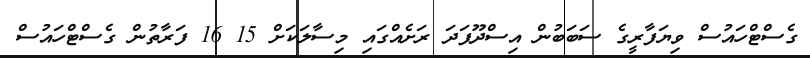
ގެސްޓްހައުސް ވިޔަފާރީގެ ސަބަބުން އިސްދޫފަދަ ރަށެއްގައި މިސާލަކަށް 15 16 ފަރާތުން ގެސްޓްހައުސް